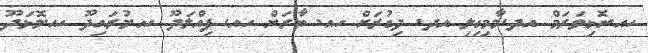
ހއ.ނޮޅިވަރަމް އދ.މާމިގިލި އދ. ދިގުރަށް ހއ. ބާރަށް ހއ. ފިއްލަދޫ ހއ.މުރައިދޫ ހއ.މޮޅަދޫ